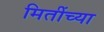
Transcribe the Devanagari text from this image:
मितींच्या